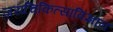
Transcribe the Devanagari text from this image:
जराचिकित्साविज्ञान